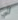
لي